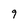
Character: 9